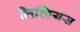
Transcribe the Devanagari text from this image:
लिव्हियस